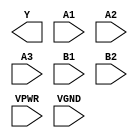
module sky130_fd_sc_hs__o32ai (
    Y   ,
    A1  ,
    A2  ,
    A3  ,
    B1  ,
    B2  ,
    VPWR,
    VGND
);

    output Y   ;
    input  A1  ;
    input  A2  ;
    input  A3  ;
    input  B1  ;
    input  B2  ;
    input  VPWR;
    input  VGND;
endmodule